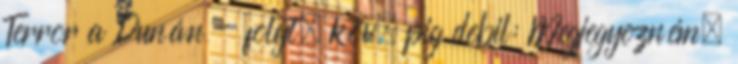
Terror a Dunán - folyt. köv. pig debil: Megjegyezném,